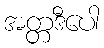
အတ္တဒီပေါ